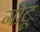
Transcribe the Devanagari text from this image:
गोटू